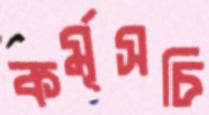
কর্মূসচি